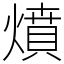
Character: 燌